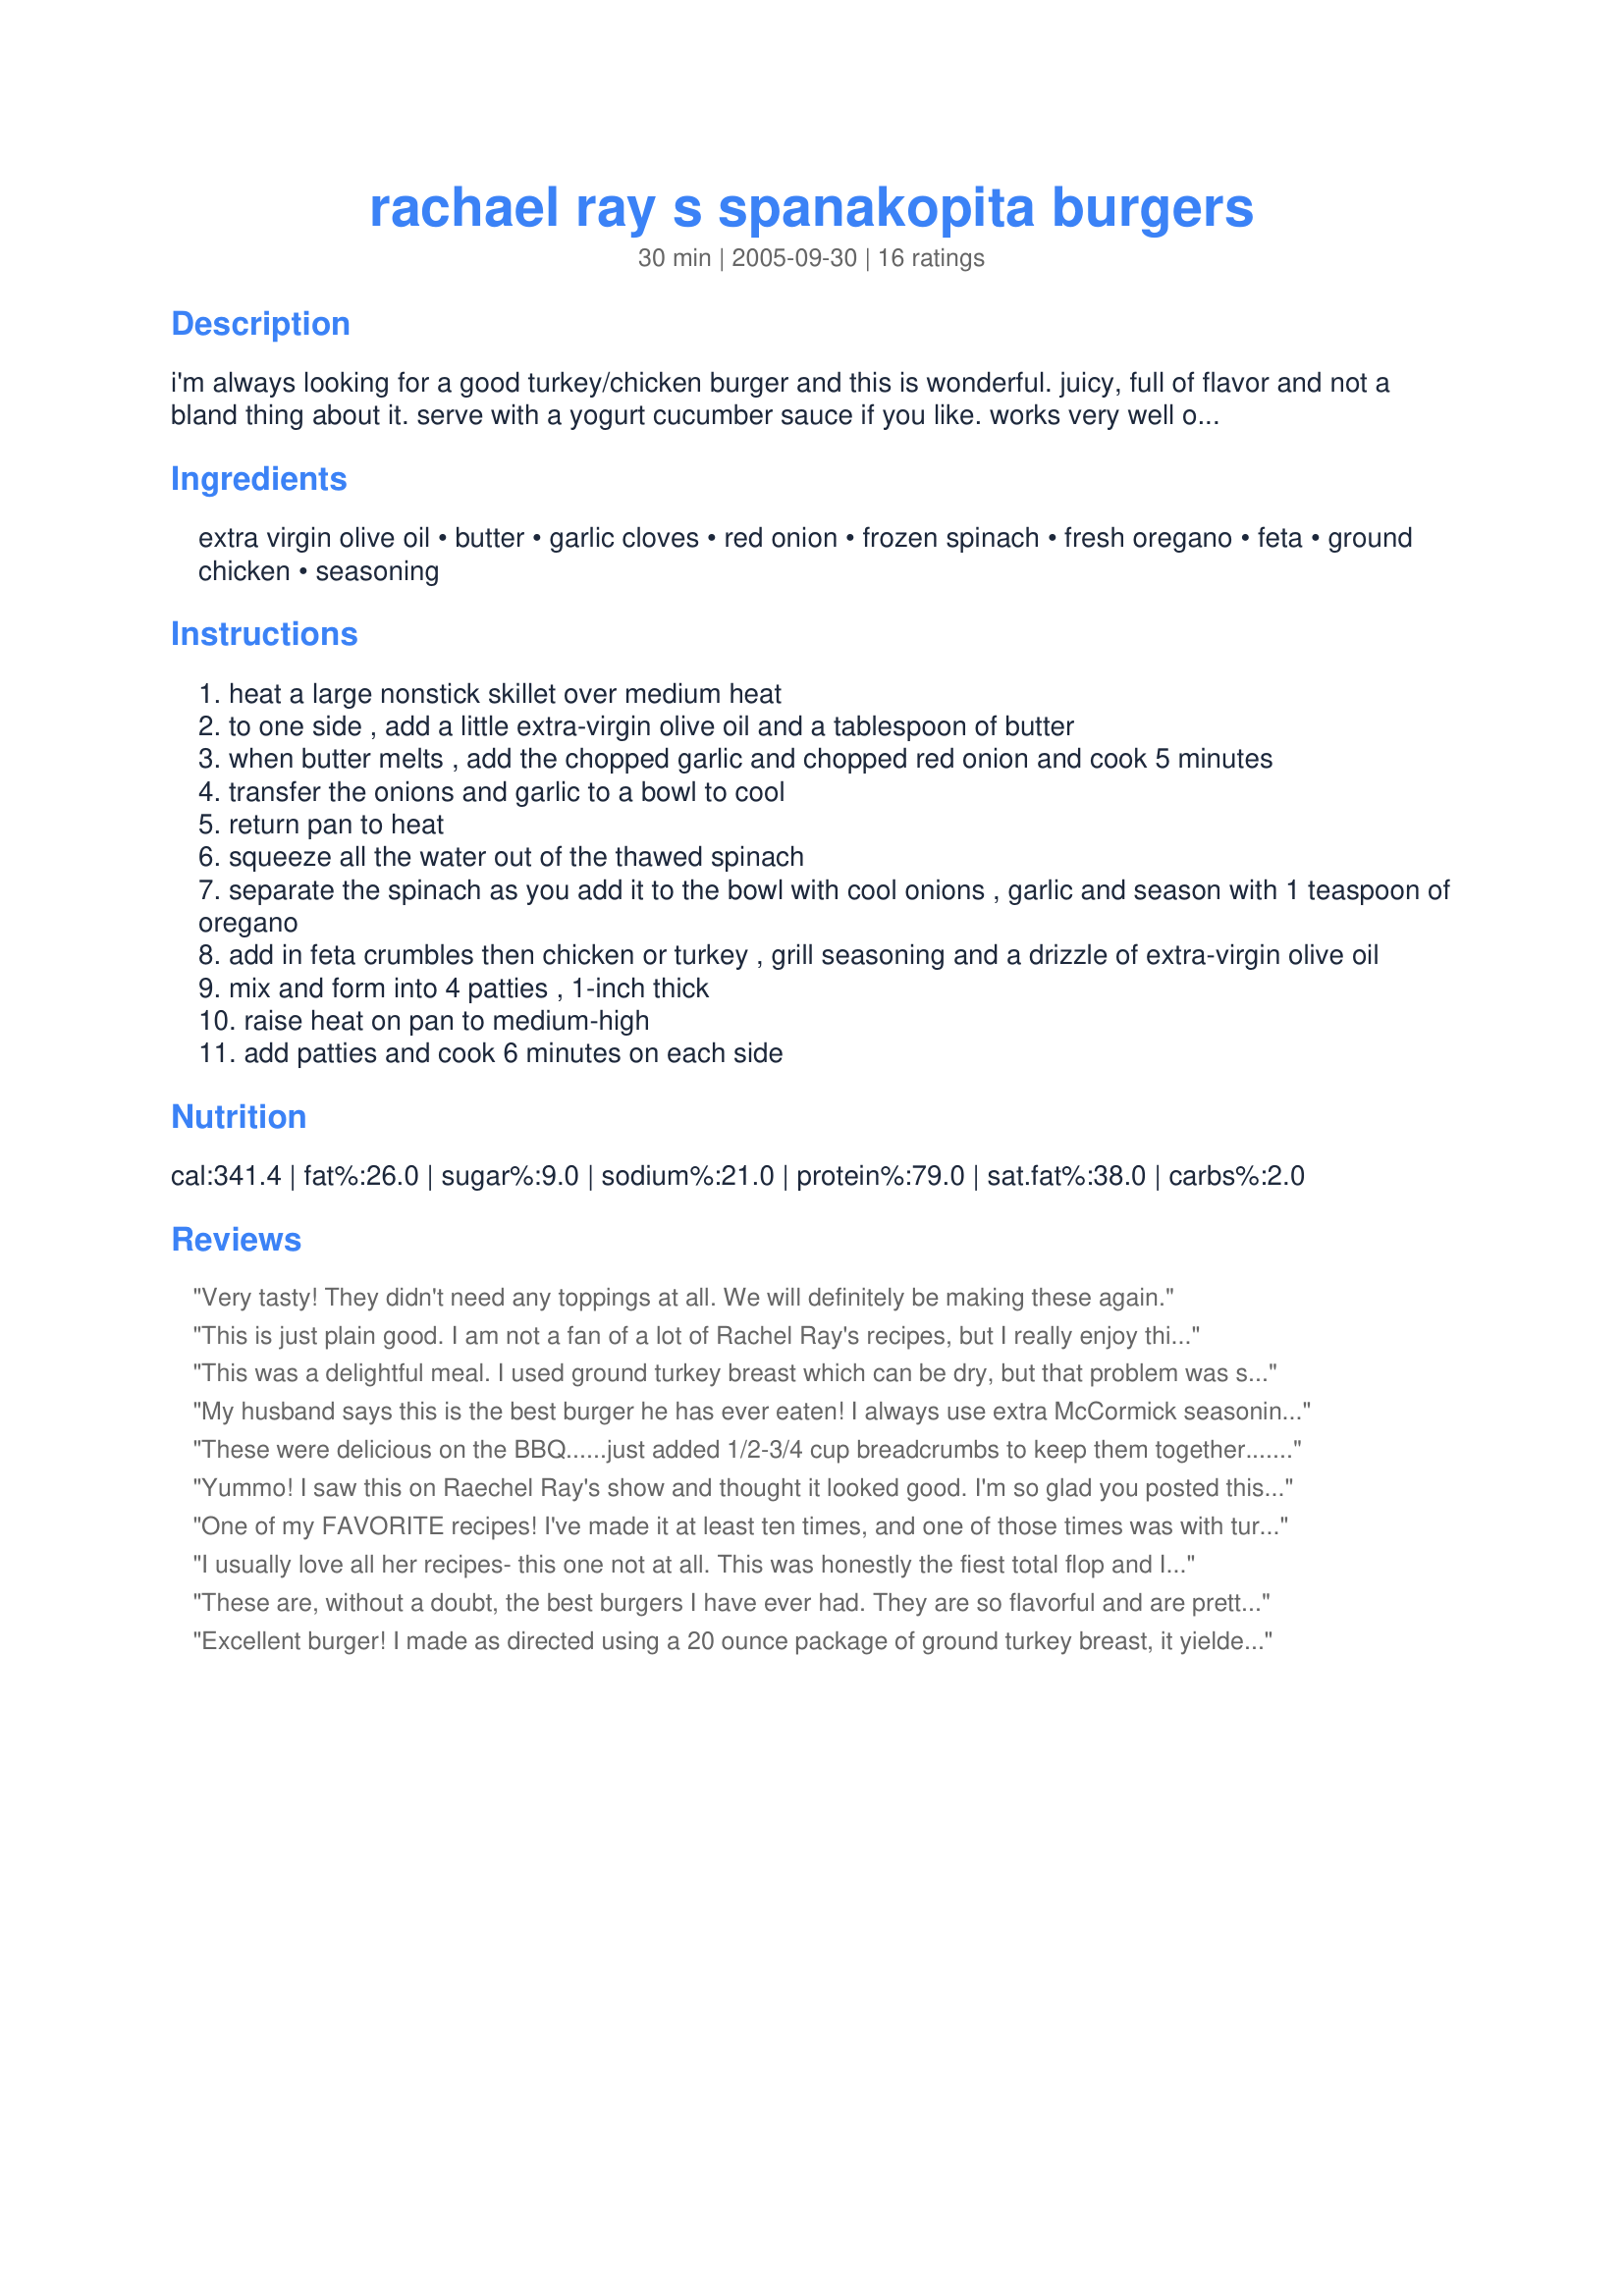
rachael ray s spanakopita burgers
Preparation time: 30 minutes

i'm always looking for a good turkey/chicken burger and this is wonderful. juicy, full of flavor and not a bland thing about it. serve with a yogurt cucumber sauce if you like. works very well on the george foreman.

Ingredients:
extra virgin olive oil, butter, garlic cloves, red onion, frozen spinach, fresh oregano, feta, ground chicken, seasoning

Steps:
heat a large nonstick skillet over medium heat
to one side , add a little extra-virgin olive oil and a tablespoon of butter
when butter melts , add the chopped garlic and chopped red onion and cook 5 minutes
transfer the onions and garlic to a bowl to cool
return pan to heat
squeeze all the water out of the thawed spinach
separate the spinach as you add it to the bowl with cool onions , garlic and season with 1 teaspoon of oregano
add in feta crumbles then chicken or turkey , grill seasoning and a drizzle of extra-virgin olive oil
mix and form into 4 patties , 1-inch thick
raise heat on pan to medium-high
add patties and cook 6 minutes on each side

Reviews:
Very tasty! They didn't need any toppings at all. We will definitely be making these again.
This is just plain good. I am not a fan of a lot of Rachel Ray's recipes, but I really enjoy this one. These make huge burgers, I can get 5-6 out of this recipe. I use a tzatziki sauce as the topping.
This was a delightful meal. I used ground turkey breast which can be dry, but that problem was solved by the addition of the spinach and onion which kept the mixture moist. To cut down on the fat, I used low fat feta and skipped the olive oil and butter, choosing instead to microwave the onion and garlic with good results. Thank you Riffraff for sharing the recipe.
My husband says this is the best burger he has ever eaten! I always use extra McCormick seasoning, and it gives it a kick! Don&#039;t grill, however, or the turkey gets too dry. You really need to fry in a pan. Enjoy.:)
These were delicious on the BBQ......just added 1/2-3/4 cup breadcrumbs to keep them together....served with Tzatziki sauce with or without a bun
Yummo! I saw this on Raechel Ray's show and thought it looked good. I'm so glad you posted this. I did leave the onion out, for DD, but sauteed it lightly on the side and topped my burger with it. DD and I both loved it. Has great flavor and stayed nice and moist, even though I tend to cook ground chicken to death to make sure its done enough!
One of my FAVORITE recipes! I've made it at least ten times, and one of those times was with turkey. I just don't think the turkey is anywhere as good as doing it with ground chicken. Perfect with sliced tomatoes, romaine lettuce and red onions on the burgers. SO yummy- even without a bun!
I usually love all her recipes- this one not at all. This was honestly the fiest total flop and I can't believe anyone likes this. I really am shocked. The burgers were not that good- greasy from the feta dispite 98% ff turkey & still stuck to the grill pan b/c of the spinich. The dipping sauce was terrible. I made some adjustments after tasting it & it still was not good. All in all, it was not at all worth the time it took- very time consuming & not at all worth it.
These are, without a doubt, the best burgers I have ever had. They are so flavorful and are pretty easy to make as well. Because I love cheese, I add a slice to the top as well. It tastes even better when served on rolls that have been lightly buttered and grilled. Scrumptious!
Excellent burger! I made as directed using a 20 ounce package of ground turkey breast, it yielded four huge burgers.

I used the leftover half of red onion (chopped) and combined it with 3 chopped roma tomatoes and some feta cheese and used it as a yummy topper!
I will be making these again. 
Riff, thanks for posting!
This is a great recipe. Instead of using chicken/turkey, I used ultra lean ground beef (same amount of fat/calories per ounce as ground turkey). Yummo!
This recipe was excellent, excellent, excellent!!! The burgers were juicy, tasty. Just perfect!

The only thing i did different was add a bit of olive oil to the mixture before cooking. Yum, yum, yum.
Excellant!!!! My husband (who doesn't eat feta or spinach) LOVED it!!!! So did my 6 yr. old (the only one who wasn't impressed was my 3 yr. old). The only change I made was to add a handful of dried breadcrumbs. I topped this with tzatziki and served with roasted veggies. Thank you and God Bless!
Absolutely excellent burger. Didn't and won't change a thing. Well, I did use wilted, fresh spinach. I recommend additional sauteed, sliced onion to top the burgers and the suggested yogurt & cucumber sauce.
This recipe was a hit. I topped the burgers with Monterey Jack with jalapeno peppers cheese and served on pretzel buns.
My DH has made these burgers a few times. He uses chicken as I don't care for ground turkey. This is definitely one of my favorite meals. They are good plain or topped with cucumber, tomato, and thin sliced red onion, Yummy!
